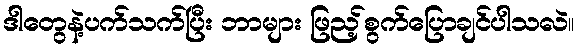
ဒါတွေနဲ့ပက်သက်ပြီး ဘာများ ဖြည့်စွက်ပြောချင်ပါသလဲ။